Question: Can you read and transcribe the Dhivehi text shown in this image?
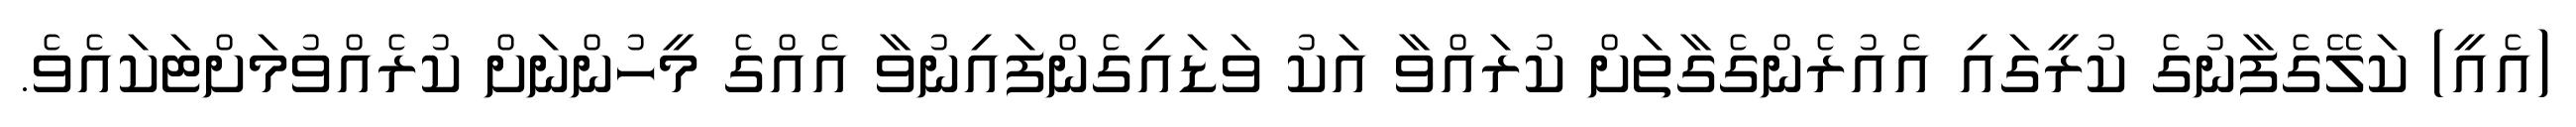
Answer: (އެއީ) ކަލޭގެފާނުގެ ކުރީގައި އެއުރެންގެގާތަށް ކުރައްވާ އަކު ވަޑައިގެންފައިނުވާ އެއްގެ މީހުންނަށް ކުރެއްވުމަށްޓަކައެވެ.